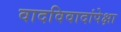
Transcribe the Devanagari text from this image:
वादविवादांपेक्षा